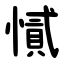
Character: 㦐